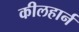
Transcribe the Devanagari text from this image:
कीलहार्न